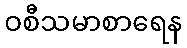
ဝစီသမာစာရေန